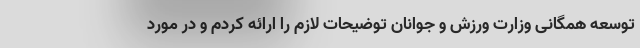
توسعه همگانی وزارت ورزش و جوانان توضیحات لازم را ارائه کردم و در مورد